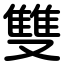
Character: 雙